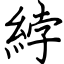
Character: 綍